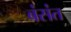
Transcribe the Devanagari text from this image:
बंसंत